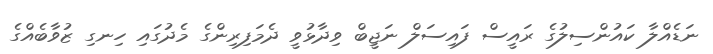
ނަޑެއްލާ ކައުންސިލުގެ ރައީސް ފައިސަލް ނަޖީބް ވިދާޅުވީ ދެމަފިރިންގެ މެދުގައި ހިނގި ޒުވާބެއްގެ